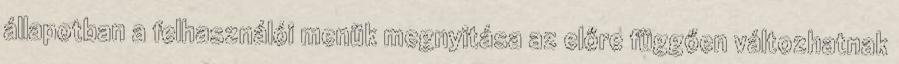
állapotban a felhasználói menük megnyitása az előre függően változhatnak